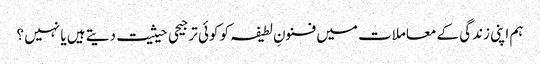
ہم اپنی زندگی کے معاملات میں فنونِ لطیفہ کو کوئی ترجیحی حیثیت دیتے ہیں یا نہیں ؟